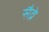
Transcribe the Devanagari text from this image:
सैव्रे